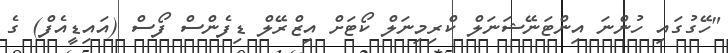
"ހޭގުގައި ހުންނަ އިންޓަނޭޝަނަލް ކްރިމިނަލް ކޯޓަށް އިޒްރޭލް ޑިފެންސް ފޯސް (އައިޑީއެފް) ގެ